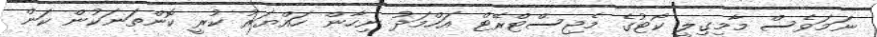
ނަމަވެސް މާމިގިލީ ކޯޓުގެ މެޖިސްޓްރޭޓް އަހްމަދު ނިހާން ހައްޔަރު ކުރީ ކޮންތަނަކުން ކަން